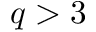
q > 3